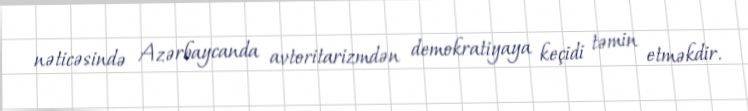
nəticəsində Azərbaycanda avtoritarizmdən demokratiyaya keçidi təmin etməkdir.